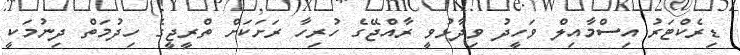
ޑިރެކްޓަރު އިސްމާއިލް ވަހީދު ވިދާޅުވީ ރާއްޖޭގެ ހުރިހާ ރަށަކަށް ތްރީޖީގެ ހިދުމަތް ދިނުމަކީ